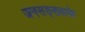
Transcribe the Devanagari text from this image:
जनसङ्ख्याके